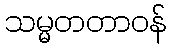
သမ္မတတာဝန်